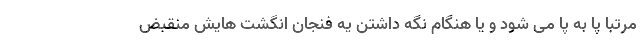
مرتبا پا به پا می شود و یا هنگام نگه داشتن یه فنجان انگشت هایش منقبض